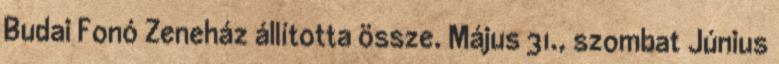
Budai Fonó Zeneház állította össze. Május 31., szombat Június